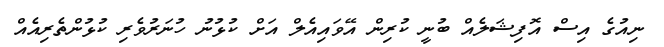
ނިއުގެ އިސް އޮފިޝަލެއް ބުނީ ކުރިން އޭވައިއެލް އަށް ކުޅުނު ހުނަަރުވެރި ކުޅުންތެރިއެއް